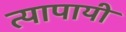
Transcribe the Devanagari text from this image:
त्यापायी